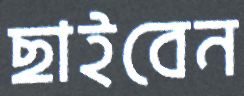
ছাইবেন